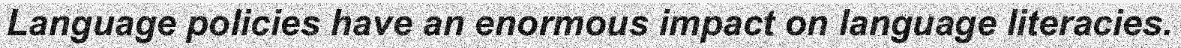
Language policies have an enormous impact on language literacies.